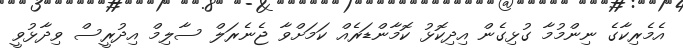
އެމެރިކާގެ ނިންމުމާ ގުޅިގެން އިދިކޮޅު ކޮމާންޑަރެއް ކަމަށްވާ ޖެނެރަލް ސާލިމް އިދުރީސް ވިދާޅުވީ